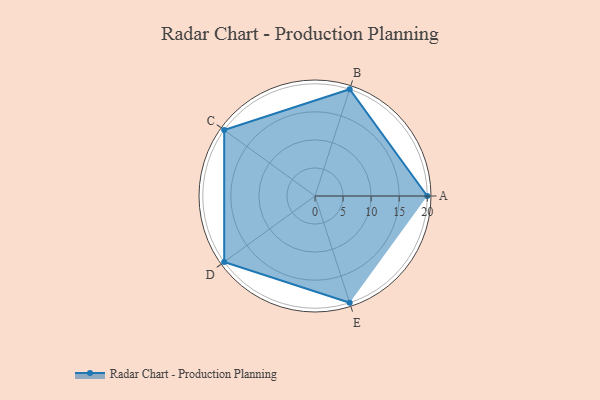
{"axis": {"x": "Skill", "y": "Score"}, "legend": ["Profile"], "data": [{"x": "A", "y": 20, "type": "Profile"}, {"x": "B", "y": 20, "type": "Profile"}, {"x": "C", "y": 20, "type": "Profile"}, {"x": "D", "y": 20, "type": "Profile"}, {"x": "E", "y": 20, "type": "Profile"}]}